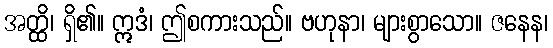
အတ္ထိ၊ ရှိ၏။ ဣဒံ၊ ဤစကားသည်။ ဗဟုနာ၊ များစွာသော။ ဇနေန၊